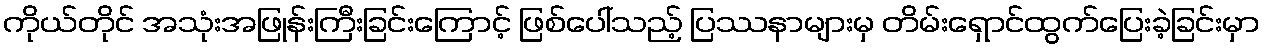
ကိုယ်တိုင် အသုံးအဖြုန်းကြီးခြင်းကြောင့် ဖြစ်ပေါ်သည့် ပြဿနာများမှ တိမ်းရှောင်ထွက်ပြေးခဲ့ခြင်းမှာ